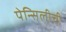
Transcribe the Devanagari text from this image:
पेन्सिलीची